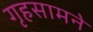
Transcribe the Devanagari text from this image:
गृहसामने